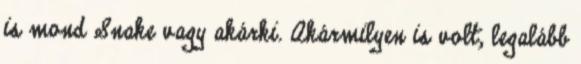
is mond Snake vagy akárki. Akármilyen is volt, legalább